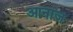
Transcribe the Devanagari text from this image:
आनाज